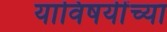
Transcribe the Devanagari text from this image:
याविषयींच्या